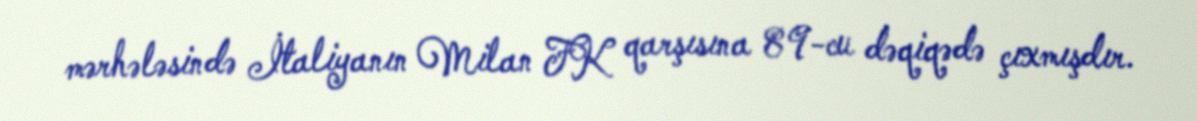
mərhələsində İtaliyanın Milan FK qarşısına 89-cu dəqiqədə çıxmışdır.